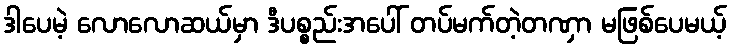
ဒါပေမဲ့ လောလောဆယ်မှာ ဒီပစ္စည်းအပေါ် တပ်မက်တဲ့တဏှာ မဖြစ်ပေမယ့်